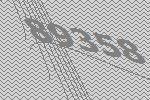
89358